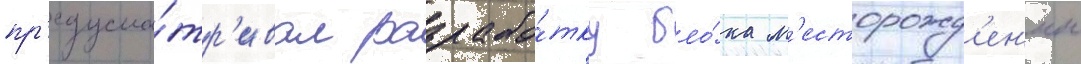
пр'едусма́тр'ивал разрабо́тку бло́ка м'есторожд'ен'ии